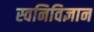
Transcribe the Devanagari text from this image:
स्वनिविज्ञान